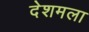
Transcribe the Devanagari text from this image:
देशमला